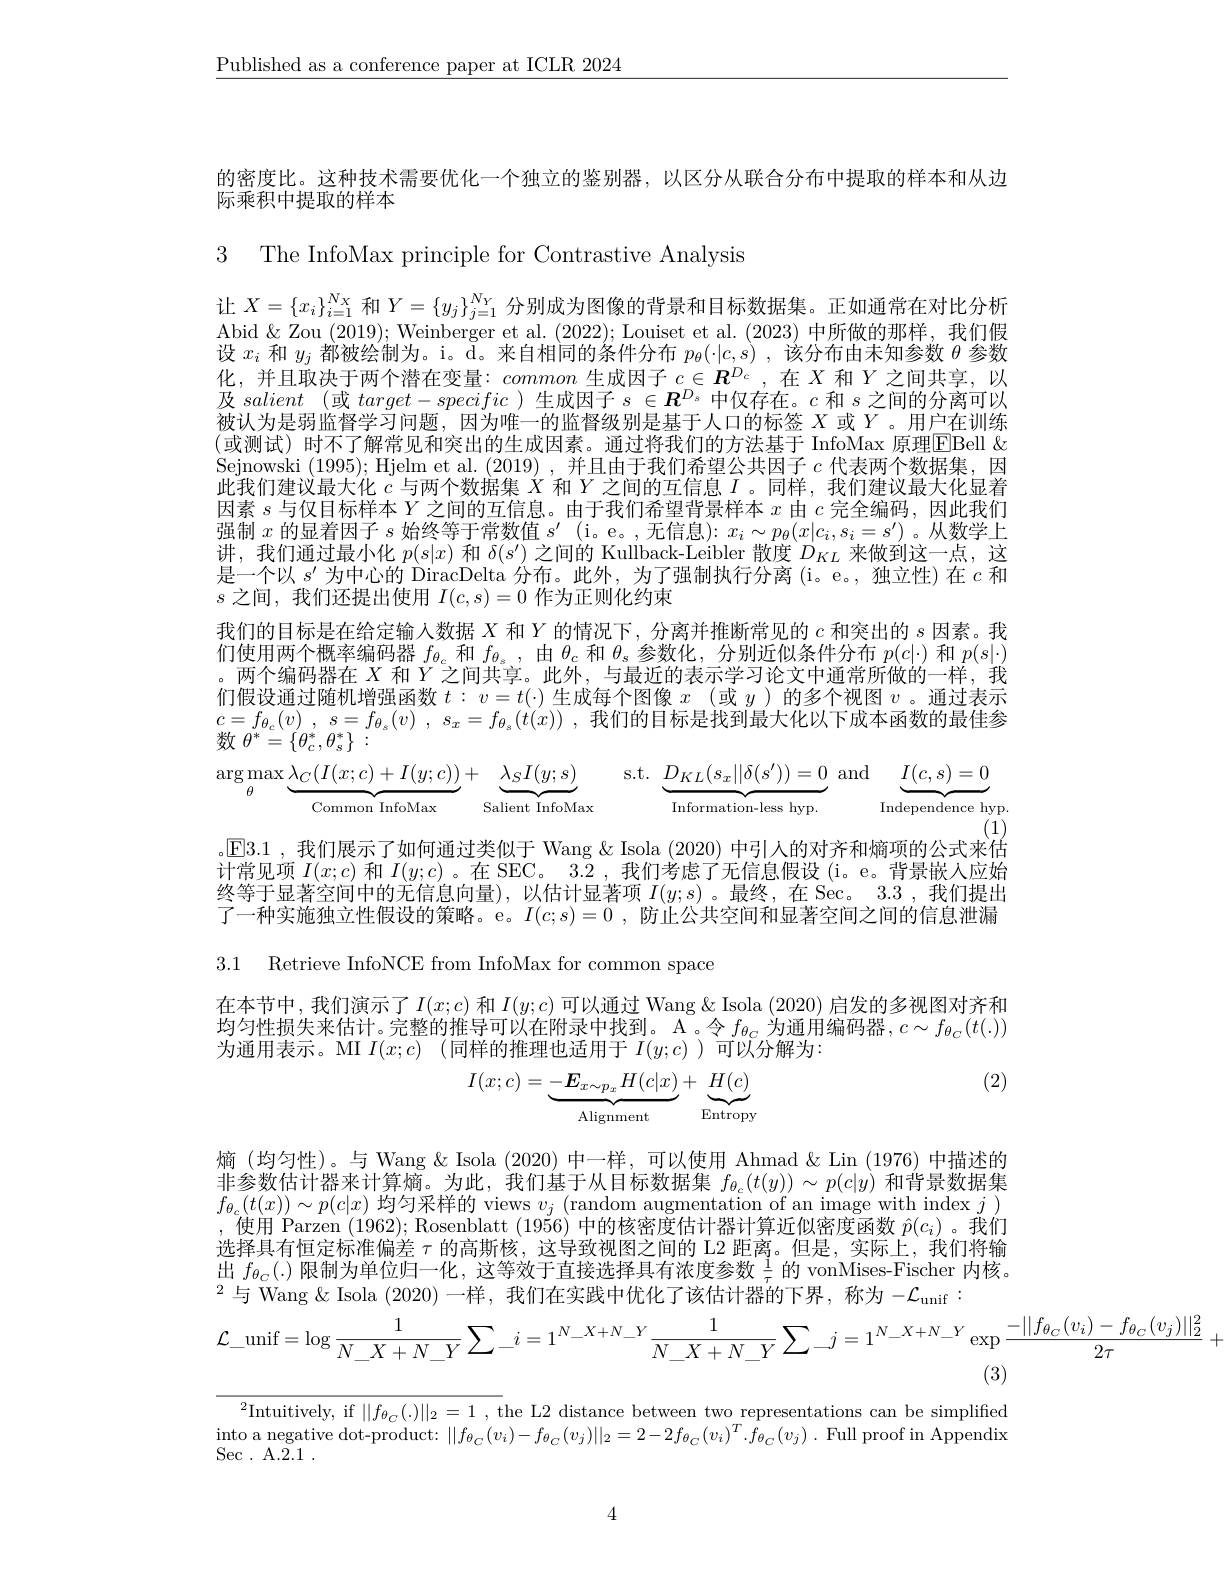
$\underline{\text{Published as a conference paper at ICLR 2024}}$

的密度比。这种技术需要优化一个独立的鉴别器，以区分从联合分布中提取的样本和从边
际乘积中提取的样本

3 The InfoMax principle for Contrastive Analysis

让$X=\{x_i\}_{i=1}^{N_X}$和$Y=\{y_j\}_{j=1}^{N_Y}$分别成为图像的背景和目标数据集。正如通常在对比分析Abid $\&$ Zou (2019); Weinberger et al. (2022); Louiset et al. (2023)中所做的那样，我们假设$x_i$和$y_j$都被绘制为。i。$\bar{\mathrm{d}}$。来自相同的条件分布$p_\theta(\cdot|c,s)$,该分布由未知参数$\theta$参数化，并且取决于两个潜在变量：common生成因子$c\in\boldsymbol{R}^{D_c}$ ,在$X$和$Y$之间共享，以及salient (或$target-specific$ )生成因子$s\in\boldsymbol{R}^D_s$中仅存在。$c$和$s$之间的分离可以被认为是弱监督学习问题，因为唯一的监督级别是基于人口的标签$X$或$Y$ 。用户在训练(或测试)时不了解常见和突出的生成因素。通过将我们的方法基于 InfoMax原理EBell& Sejnowski (1995); Hjelm et al. (2019),并且由于我们希望公共因子$c$代表两个数据集，因此我们建议最大化$c$与两个数据集$X$和$Y$之间的互信息$I$ 。同样，我们建议最大化显着因素$s$与仅目标样本$Y$之间的互信息。由于我们希望背景样本$x$由$c$完全编码，因此我们强制$x$的显着因子$s$始终等于常数值$s^\prime$ (i。e。,无信息): $x_i\sim p_\theta(x|c_i,s_i=s^{\prime})$ 。从数学上讲，我们通过最小化$p(s|x)$和$\delta(s^\prime)$之间的 Kullback-Leibler 散度$D_{KL}$来做到这一点，这是一个以$s^\prime$为中心的 DiracDelta 分布。此外，为了强制执行分离 (i。e。, 独立性)在$c$和$s$之间，我们还提出使用$I(c,s)=0$作为正则化约束
我们的目标是在给定输人数据$X$和$Y$的情况下，分离并推断常见的$c$和突出的$s$因素。我们使用两个概率编码器$f_{\theta_c}$和$f_{\theta_s}$,由$\theta_c$和$\theta_\mathrm{s}$参数化，分别近似条件分布$p(c|\cdot)$和$p(s|\cdot)$ 。两个编码器在$X$和$Y$之间共享。此外，与最近的表示学习论文中通常所做的一样，我们假设通过随机增强函数$t:v=t(\cdot)$生成每个图像$x($或$y)$的多个视图$v$。通过表示$c= f_{\theta _c}( v)$ , $s= f_{\theta _s}( v)$ , $s_x= f_{\theta _s}( t( x) )$ ,我们的目标是找到最大化以下成本函数的最佳参数$\theta^*=\{\theta_{c}^*,\theta_{s}^*\}:$
$\arg \max _{\theta }\underbrace{\lambda _{C}( I( x; c) + I( y; c) ) }_{\mathrm{Common~InfoMax}}+ \underbrace{\lambda _{S}I( y; s) }_{\mathrm{Salient~InfoMax}}$ s.t.$\underbrace{D_{KL}( s_{x}| | \delta ( s^{\prime }) ) = 0}_{\mathrm{Information- less~hyp. }}$ and$\underbrace{I(c,s)=0}_{\mathrm{Independence~hyp.}}$
(1)

。$\mathbb{E}$3.1 ,我们展示了如何通过类似于 Wang & Isola (2020) 中引人的对齐和熵项的公式来估计常见项$I(x;c)$和$I(y;c)$ 。在 SEC。$\bar{3.2}$ , 我们考虑了无信息假设 (i。e。背景嵌人应始终等于显著空间中的无信息向量),以估计显著项$I(y;s)$。最终，在 Sec。3.3,我们提出了一种实施独立性假设的策略。e。$I(c;s)=0$,防止公共空间和显著空间之间的信息泄漏

3.1 Retrieve InfoNCE from InfoMax for common space

在本节中，我们演示了$I(x;c)$和$I(y;c)$可以通过 Wang & Isola (2020) 启发的多视图对齐和均匀性损失来估计。完整的推导可以在附录中找到。A 。令$f_{\theta_C}$为通用编码器$,c\sim f_{\theta_C}(t(.))$ 为通用表示。MI $I( x; c)$ (同样的推理也适用于 $I(y;c)$ )可以分解为：

(2)
$$I(x;c)=\underbrace{-\boldsymbol{E}_{x\sim p_x}H(c|x)}_{\text{Alignment}}+\underbrace{H(c)}_{\text{Entropy}}$$
熵 (均匀性)。与 Wang &Isola (2020) 中一样，可以使用 Ahmad & Lin (1976) 中描述的非参数估计器来计算熵。为此，我们基于从日标数据集$f_{\theta_c}(t(y))\sim p(c|y)$和背景数据集$f_{\theta_c}(t(x))\sim p(c|x)$均匀采样的 views $v_j\left(\text{random augmentation of an image with index }j\right)$ ,使用 Parzen (1962); Rosenblatt (1956)中的核密度估计器计算近似密度函数$\hat{p}(c_i)$。我们选择具有恒定标准偏差$\tau$的高斯核，这导致视图之间的 L2 距离。但是，实际上，我们将输出$f_{\theta_C}(.)$限制为单位归一化，这等效于直接选择具有浓度参数$\frac1\tau$的 vonMises-Fischer 内核。$^2$与 Wang & Isola (2020) 一样，我们在实践中优化了该估计器的下界，称为$-\mathcal{L}_\mathrm{unif}:$
$$\mathcal{L}_{-}\mathrm{unif}=\log\frac{1}{N_X+N_Y}\sum_{-}i=1^{N_X+N_Y}\frac{1}{N_X+N_Y}\sum_{-}j=1^{N_X+N_Y}\exp\frac{-||f_{\theta_{C}}(v_{i})-f_{\theta_{C}}(v_{j})||_{2}^{2}}{2\tau}+$$
(3)

$^{2}$Intuitively, if $||f_{\theta_{C}}(.)||_{2}=1$ , the L2 distance between two representations can be simpliffed $\begin{array}{c}\text{into a negative dot-product: }||f_{\theta_C}(v_i)-f_{\theta_C}(v_j)||_2=2-2f_{\theta_C}(v_i)^T.\bar{f}_{\theta_C}(v_j).\end{array}$Full proof in Appendix Sec . A. 2. 1 .

4